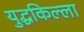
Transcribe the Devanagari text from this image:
युद्धकिल्ला